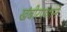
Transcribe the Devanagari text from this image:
खंबीरपणाने